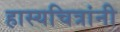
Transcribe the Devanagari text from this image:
हास्यचित्रांनी